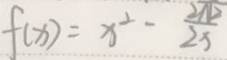
f ( x ) = x ^ { 2 } - \frac { 2 \pi 2 } { 2 x }